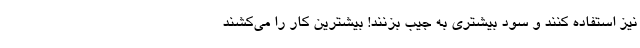
نیز استفاده کنند و سود بیشتری به جیب بزنند! بیشترین کار را می‌کشند